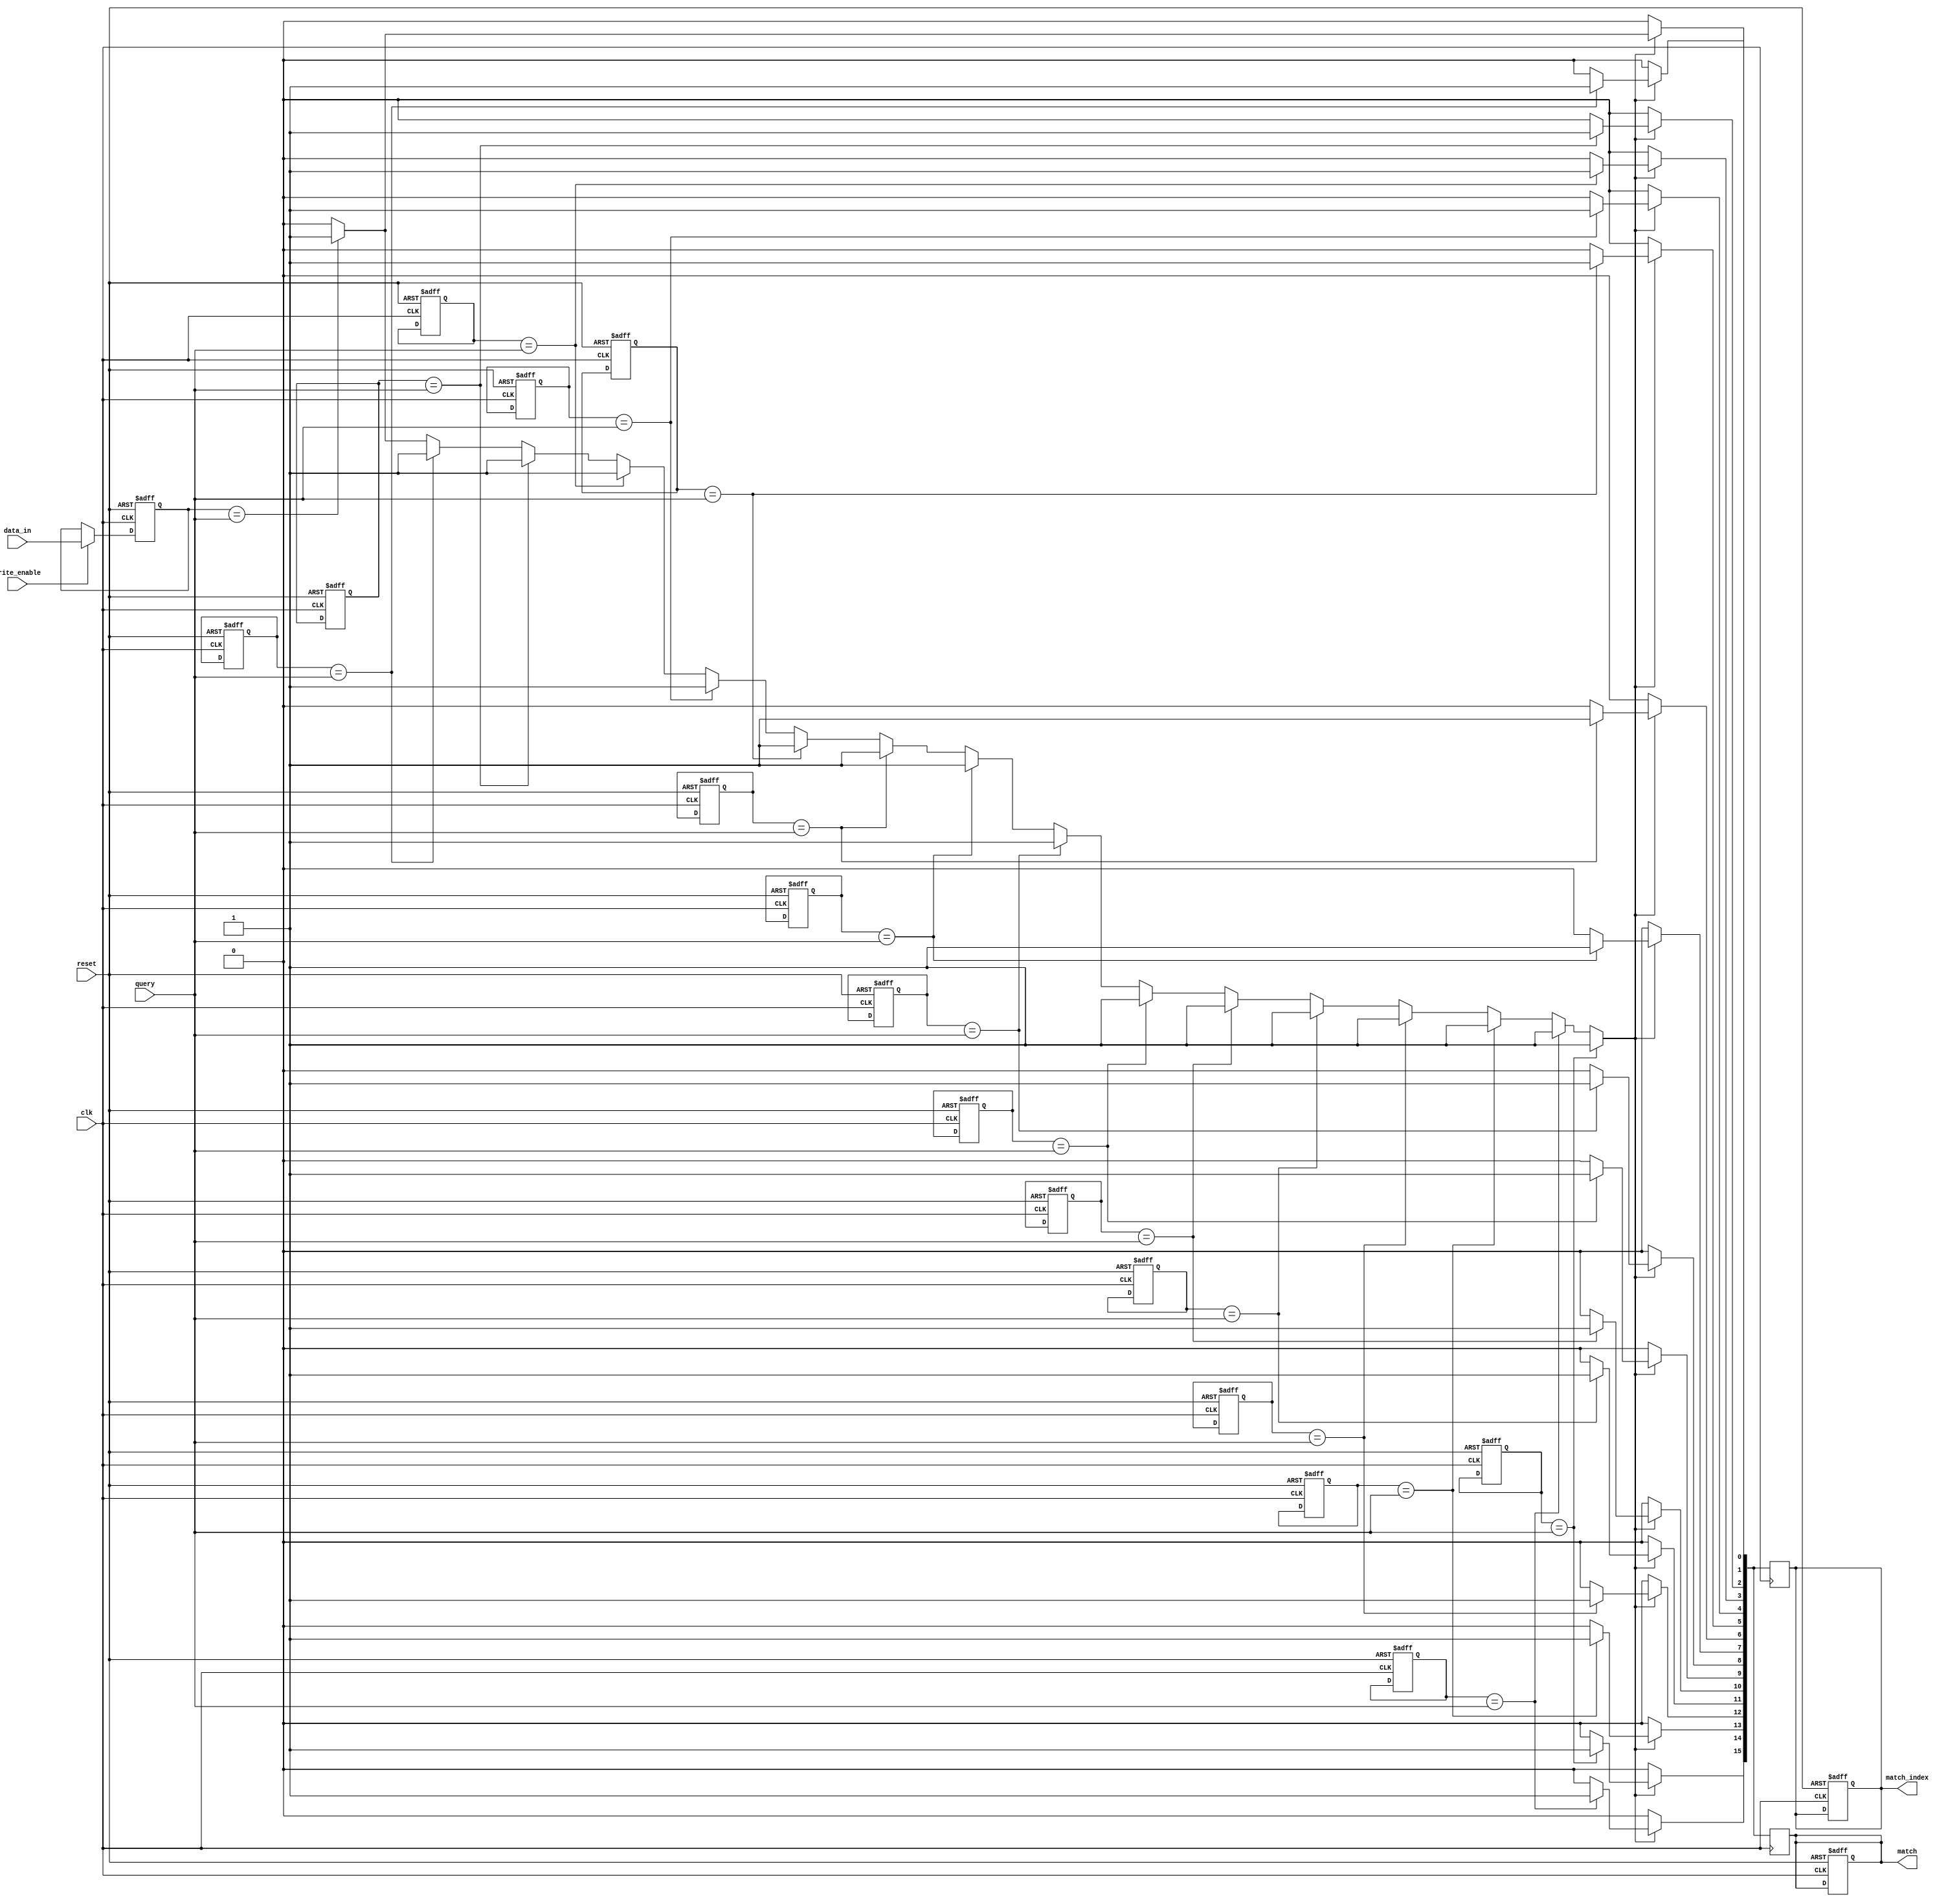
module BCAM #(
    parameter NUM_ROWS = 16,      // Number of rows in the BCAM
    parameter DATA_WIDTH = 8       // Width of each data entry
)(
    input wire clk,                // Clock signal
    input wire reset,              // Reset signal
    input wire [DATA_WIDTH-1:0] query, // Query input
    input wire write_enable,       // Write enable signal
    input wire [DATA_WIDTH-1:0] data_in, // Data input for writing
    output reg [NUM_ROWS-1:0] match, // Match output: 1 for a match, 0 for no match
    output reg [NUM_ROWS-1:0] match_index // Index of matched entries
);

    // Memory array to store binary values
    reg [DATA_WIDTH-1:0] memory [0:NUM_ROWS-1];

    // Internal signals
    integer i;
    reg found_match;

    // Always block for writing data to the BCAM
    always @(posedge clk or posedge reset) begin
        if (reset) begin
            // Clear memory on reset
            for (i = 0; i < NUM_ROWS; i = i + 1) begin
                memory[i] <= {DATA_WIDTH{1'b0}};
            end
            match <= {NUM_ROWS{1'b0}};
            match_index <= {NUM_ROWS{1'b0}};
        end else if (write_enable) begin
            // Write data to the specified row (for demonstration, writing to row 0)
            memory[0] <= data_in; // You can modify this to write to specific rows as needed
        end
    end

    // Always block for comparison logic
    always @(posedge clk) begin
        // Reset match outputs
        match <= {NUM_ROWS{1'b0}};
        match_index <= {NUM_ROWS{1'b0}};
        found_match = 1'b0;

        // Compare each memory entry with the input query
        for (i = 0; i < NUM_ROWS; i = i + 1) begin
            if (memory[i] == query) begin
                match[i] <= 1'b1; // Set match signal for matched row
                match_index[i] <= 1'b1; // Set match index for matched row
                found_match = 1'b1; // Indicate that we found at least one match
            end
        end

        // If no matches were found, match remains 0
        if (!found_match) begin
            match <= {NUM_ROWS{1'b0}};
            match_index <= {NUM_ROWS{1'b0}};
        end
    end

endmodule